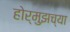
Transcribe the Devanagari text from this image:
होर्मुझच्या